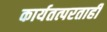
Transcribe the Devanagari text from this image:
कार्यतत्परताही